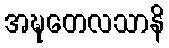
အဍ္ဎတေလသာနိ